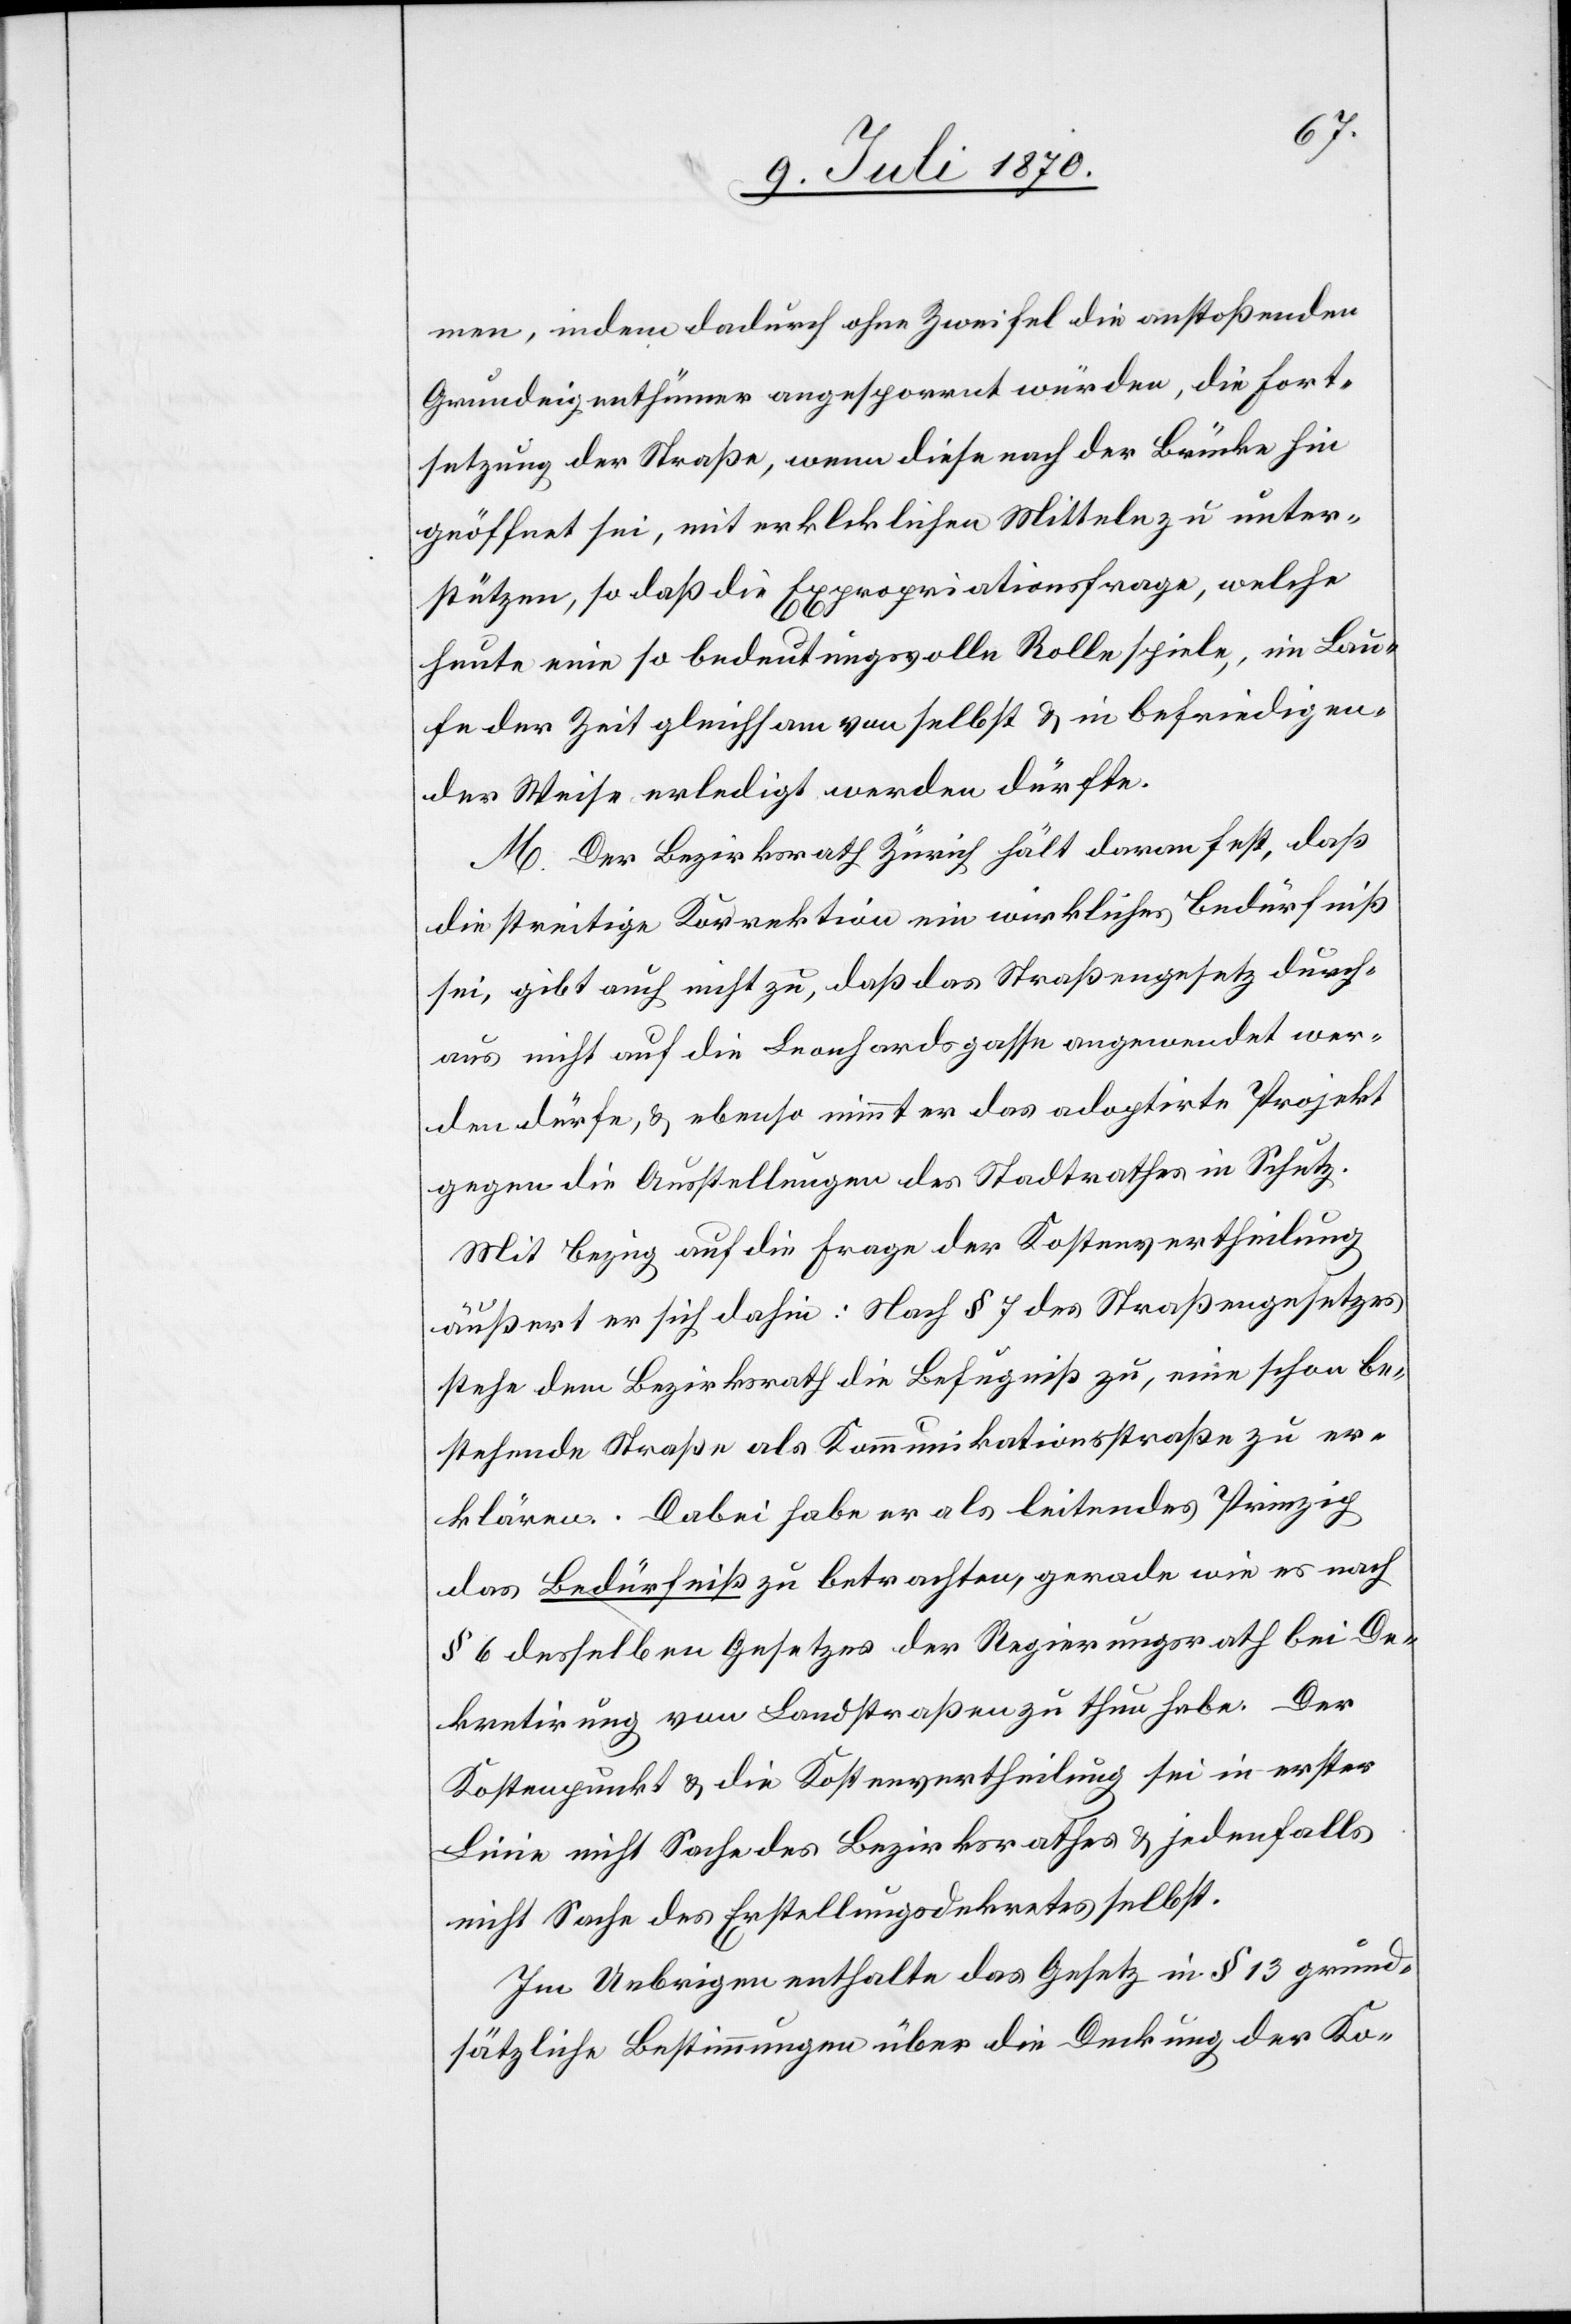
men, indem dadurch ohne Zweifel die anstoßenden
Grundeigenthümer angespornt würden, die Fort¬
setzung der Straße, wenn diese nach der Brücke hin
gehöffnet sei, mit erklecklichen Mitteln zu unter¬
stützen, so daß die Expropriationsfrage, welche
heute eine so bedeutungsvolle Rolle spiele, im Lau¬
fe der Zeit gleichsam von selbst & in befriedigen¬
der Weise erledigt werden dürfte.
M. Der Bezirksrath Zürich hält daran fest, daß
die streitige Korrektion ein wirkliches Bedürfniß
sei, gibt auch nicht zu, daß das Straßengesetz durch¬
aus nicht auf die Leonhardsgasse angewendet wer¬
den dürfe, & ebenso nimmt er das adoptirte Projekt
gegen die Ausstellungen des Stadtrathes in Schutz.
Mit Bezug auf die Frage der Kostenvertheilung
äußert er sich dahin: Nach § 7 des Straßengesetzes
stehe dem Bezirksrath die Befugniß zu, eine schon be¬
stehende Straße als Kommunikationsstraße zu er¬
klären. Dabei habe er als leitendes Prinzip
das Bedürfniß zu betrachten, gerade wie es nach
§ 6 desselben Gesetzes der Regierungsrath bei De¬
kretirung von Landstraßen zu thun habe. Der
Kostenpunkt & die Kostenvertheilung sei in erster
Linie nicht Sache des Bezirksrathes & jedenfalls
nicht Sache des Erstellungsdekretes selbst.
Im Uebrigen enthalte das Gesetz in § 13 grund¬
sätzliche Bestimmungen über die Deckung der Ko-